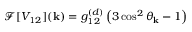
\mathcal { F } [ V _ { 1 2 } ] ( \mathbf { k } ) = g _ { 1 2 } ^ { ( d ) } \left( 3 \cos ^ { 2 } \theta _ { \mathbf { k } } - 1 \right)